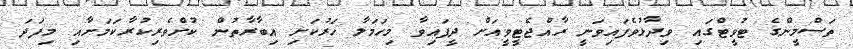
ތަސްމީންގެ ޓުވީޓްގައި ވިދާޅުވެފައިވަނީ ރާއްޖެޓީވީއަށް ދީފައިވާ މިހަމަލާ ހަރުކަށި އިބާރާތުން ކުށްވެރިކުރާކަމަށާއި މިފަދަ